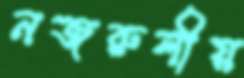
নজরুলীয়